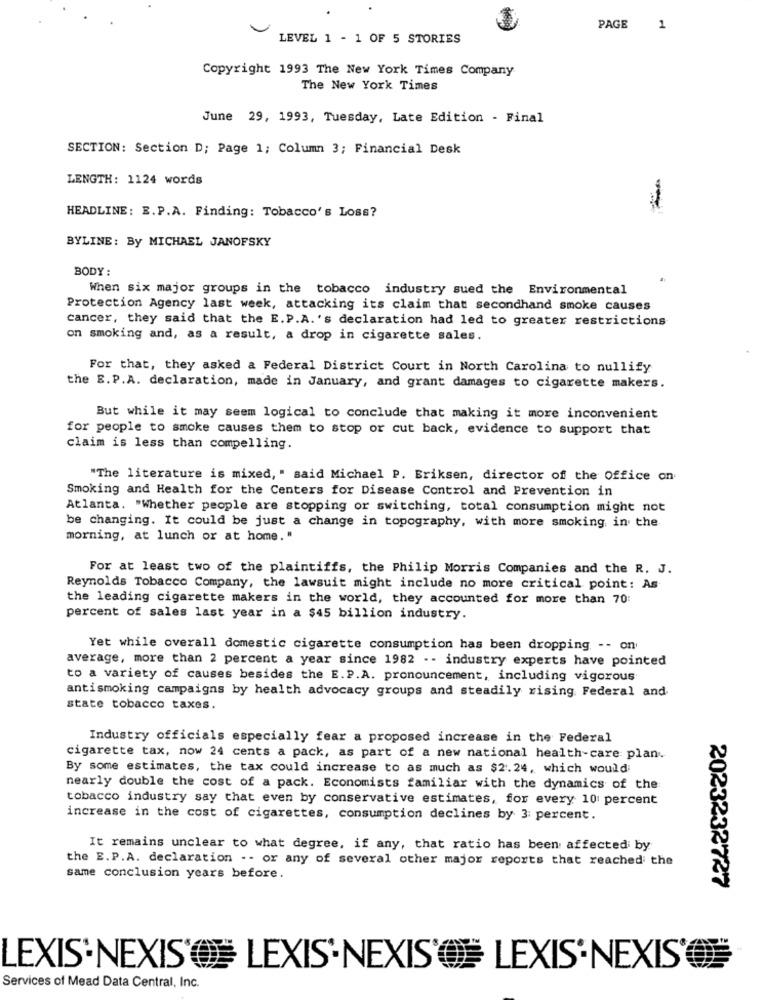
PAGE
1
LEVEL 1 - 1 OF 5 STORIES
Copyright 1993 The New York Times Company
The New York Times
June 29, 1993, Tuesday, Late Edition - Final
SECTION: Section D; Page 1; Column 3; Financial Desk
LENGTH: 1124 words
HEADLINE: E.P.A. Finding: Tobacco's Loss?
BYLINE: By MICHAEL JANOFSKY
BODY :
When six major groups in the tobacco industry sued the Environmental
Protection Agency last week, attacking its claim that secondhand smoke causes
cancer, they said that the E.P.A.'s declaration had led to greater restrictions
on smoking and, as a result, a drop in cigarette sales.
For that, they asked a Federal District Court in North Carolina to nullify
the E.P.A. declaration, made in January, and grant damages to cigarette makers.
But while it may seem logical to conclude that making it more inconvenient
for people to smoke causes them to stop or cut back, evidence to support that
claim is less than compelling.
"The literature is mixed, " said Michael P. Eriksen, director of the Office on
Smoking and Health for the Centers for Disease Control and Prevention in
Atlanta. "Whether people are stopping or switching, total consumption might not
be changing. It could be just a change in topography, with more smoking in the
morning, at lunch or at home. "
For at least two of the plaintiffs, the Philip Morris Companies and the R. J.
Reynolds Tobacco Company, the lawsuit might include no more critical point: As
the leading cigarette makers in the world, they accounted for more than 70:
percent of sales last year in a $45 billion industry.
Yet while overall domestic cigarette consumption has been dropping -- on
average, more than 2 percent a year since 1982 -- industry experts have pointed
to a variety of causes besides the E.P.A. pronouncement, including vigorous
antismoking campaigns by health advocacy groups and steadily rising Federal and
state tobacco taxes.
Industry officials especially fear a proposed increase in the Federal
cigarette tax, now 24 cents a pack, as part of a new national health-care plan.
By some estimates, the tax could increase to as much as $2.24, which would
nearly double the cost of a pack. Economists familiar with the dynamics of the
tobacco industry say that even by conservative estimates, for every 10 percent
increase in the cost of cigarettes, consumption declines by 3: percent.
It remains unclear to what degree, if any, that ratio has been affected by
the E.P.A. declaration -- or any of several other major reports that reached the
same conclusion years before.
2023232727
LEXIS'NEXIS' LEXIS'NEXIS' LEXIS'NEXIS
Services of Mead Data Central, Inc.